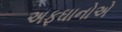
અફઘાનોએ